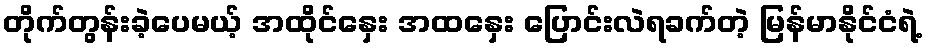
တိုက်တွန်းခဲ့ပေမယ့် အထိုင်နှေး အထနှေး ပြောင်းလဲရခက်တဲ့ မြန်မာနိုင်ငံရဲ့